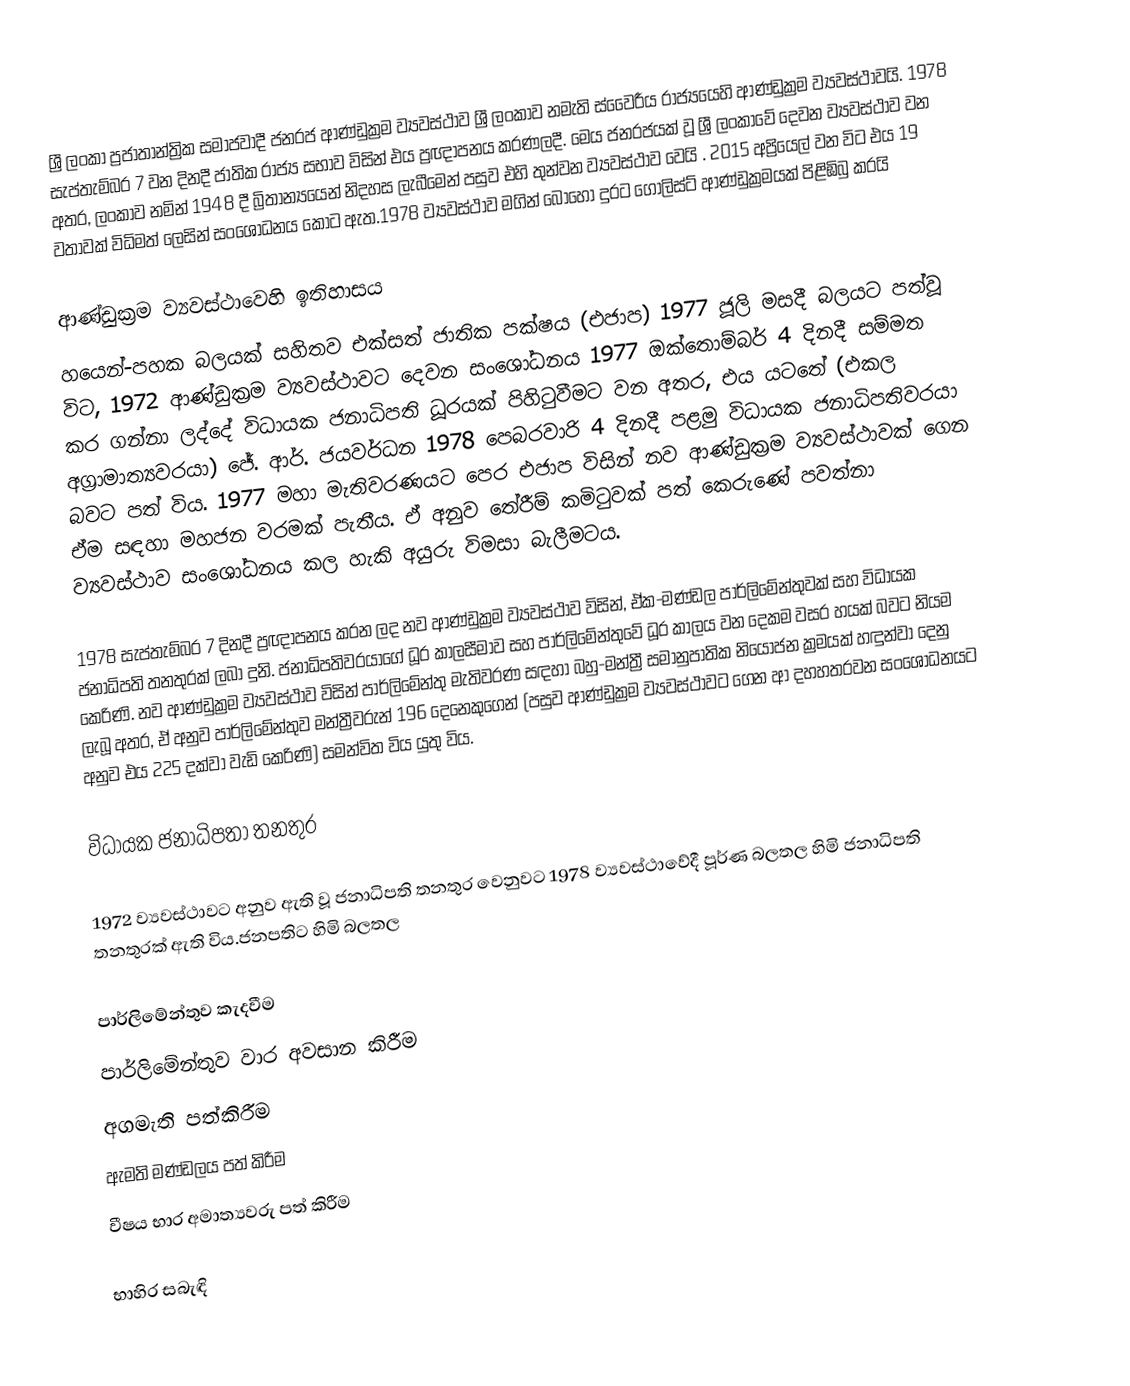
ශ්‍රී ලංකා ප්‍රජාතාන්ත්‍රික සමාජවාදී ජනරජ ආණ්ඩුක්‍රම ව්‍යවස්ථාව ශ්‍රී ලංකාව නමැති ස්වෛරීය රාජ්‍යයෙහි ආණ්ඩුක්‍රම ව්‍යවස්ථාවයි.  1978 සැප්තැම්බර 7 වන දිනදී ජාතික රාජ්‍ය සභාව විසින් එය ප්‍රඥාපනය කරණලදී. මෙය ජනරජයක් වූ ශ්‍රී ලංකාවේ දෙවන ව්‍යවස්ථාව වන අතර, ලංකාව නමින් 1948 දී බ්‍රිතාන්‍යයෙන් නිදහස ලැබීමෙන් පසුව එහි තුන්වන ව්‍යවස්ථාව වෙයි .  2015 අප්‍රියෙල් වන විට එය  19 වතාවක් විධිමත් ලෙසින් සංශෝධනය කොට ඇත.1978 ව්‍යවස්ථාව මගින් බොහෝ දුරට ගෝලිස්ට් ආණ්ඩුක්‍රමයක් පිළිඹිබු කරයි

ආණ්ඩුක්‍රම ව්‍යවස්ථාවෙහි ඉතිහාසය
හයෙන්-පහක බලයක් සහිතව එක්සත් ජාතික පක්ෂය (එජාප) 1977 ජූලි මසදී බලයට පත්වූ විට, 1972 ආණ්ඩුක්‍රම ව්‍යවස්ථාවට දෙවන සංශෝධනය 1977 ඔක්තොම්බර් 4 දිනදී සම්මත කර ගන්නා ලද්දේ විධායක ජනාධිපති ධූරයක් පිහිටුවීමට වන අතර, එය යටතේ (එකල අග්‍රාමාත්‍යවරයා)  ජේ. ආර්. ජයවර්ධන 1978 පෙබරවාරි 4 දිනදී පළමු විධායක ජනාධිපතිවරයා බවට පත් විය.  1977 මහා මැතිවරණයට පෙර එජාප විසින් නව ආණ්ඩුක්‍රම ව්‍යවස්ථාවක් ගෙන ඒම සඳහා මහජන වරමක් පැතීය.  ඒ අනුව තේරීම් කමිටුවක් පත් කෙරුණේ පවත්නා ව්‍යවස්ථාව සංශෝධනය කල හැකි අයුරු විමසා බැලීමටය.

1978 සැප්තැම්බර 7 දිනදී ප්‍රඥාපනය කරන ලද නව ආණ්ඩුක්‍රම ව්‍යවස්ථාව විසින්, ඒක-මණ්ඩල පාර්ලිමේන්තුවක් සහ විධායක ජනාධිපති තනතුරක් ලබා දුනි.  ජනාධිපතිවරයාගේ ධූර කාලසීමාව සහ පාර්ලිමේන්තුවේ ධූර කාලය වන දෙකම වසර හයක් බවට නියම කෙරිණි.  නව ආණ්ඩුක්‍රම ව්‍යවස්ථාව විසින්  පාර්ලිමේන්තු මැතිවරණ සඳහා  බහු-මන්ත්‍රී සමානුපාතික නියෝජන ක්‍රමයක් හඳුන්වා දෙනු ලැබූ අතර, ඒ අනුව පාර්ලිමේන්තුව මන්ත්‍රීවරුන් 196 දෙනෙකුගෙන් (පසුව ආණ්ඩුක්‍රම ව්‍යවස්ථාවට ගෙන ආ දහහතරවන සංශෝධනයට අනුව එය  225 දක්වා වැඩි කෙරිණි) සමන්විත විය යුතු විය.

විධායක ජනාධිපතා තනතුර

1972 ව්‍යවස්ථාවට අනුව ඇති වූ ජනාධිපති තනතුර වෙනුවට 1978 ව්‍යවස්ථාවේදී පූර්ණ බලතල හිමි ජනාධිපති තනතුරක් ඇති විය.ජනපතිට හිමි බලතල

 පාර්ලිමේන්තුව කැදවීම
 පාර්ලිමේන්තුව වාර අවසාන කිරීම
 අගමැති පත්කිරීම
 ඇමති මණ්ඩලය පත් කිරීම
 වීෂය භාර අමාත්‍යවරු පත් කිරීම

භාහිර සබැඳි